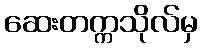
ဆေးတက္ကသိုလ်မှ